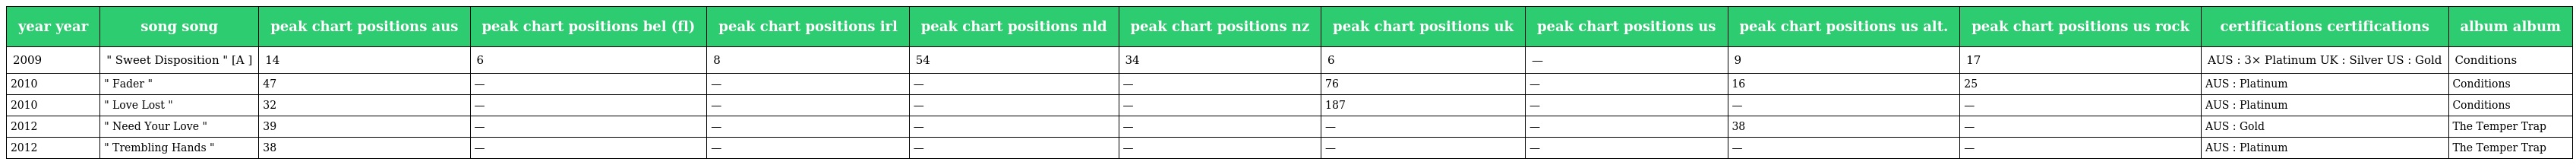
| year year | song song | peak chart positions aus | peak chart positions bel (fl) | peak chart positions irl | peak chart positions nld | peak chart positions nz | peak chart positions uk | peak chart positions us | peak chart positions us alt. | peak chart positions us rock | certifications certifications | album album |
 | --- | --- | --- | --- | --- | --- | --- | --- | --- | --- | --- | --- | --- |
 | 2009 | " Sweet Disposition " [A ] | 14 | 6 | 8 | 54 | 34 | 6 | — | 9 | 17 | AUS : 3× Platinum UK : Silver US : Gold | Conditions |
 | 2010 | " Fader " | 47 | — | — | — | — | 76 | — | 16 | 25 | AUS : Platinum | Conditions |
 | 2010 | " Love Lost " | 32 | — | — | — | — | 187 | — | — | — | AUS : Platinum | Conditions |
 | 2012 | " Need Your Love " | 39 | — | — | — | — | — | — | 38 | — | AUS : Gold | The Temper Trap |
 | 2012 | " Trembling Hands " | 38 | — | — | — | — | — | — | — | — | AUS : Platinum | The Temper Trap |